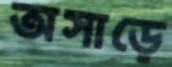
অসাড়ে